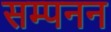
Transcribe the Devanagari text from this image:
सम्पनन